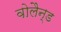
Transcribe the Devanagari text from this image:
वोलैन्ड